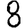
Digit: 8